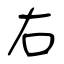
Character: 右